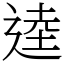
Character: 逵